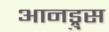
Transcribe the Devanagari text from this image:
आनड्रुस